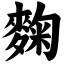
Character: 麴